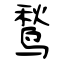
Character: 鹙